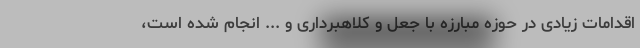
اقدامات زیادی در حوزه مبارزه با جعل و کلاهبرداری و ... انجام شده است،